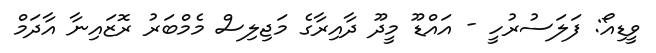
ވީޑިއޯ: ފަލަސުރުހީ - އައްޑޫ މީދޫ ދާއިރާގެ މަޖިލިސް މެމްބަރު ރޮޒައިނާ އާދަމް